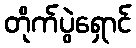
တိုက်ပွဲရှောင်